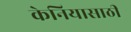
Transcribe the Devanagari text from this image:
केनियासाठी